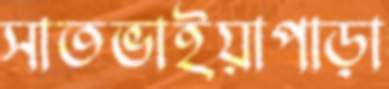
সাতভাইয়াপাড়া